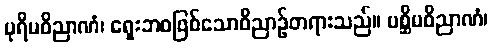
ပုရိမဝိညာဏံ၊ ရှေးဘဝဖြစ်သောဝိညာဉ်တရားသည်။ ပစ္ဆိမဝိညာဏံ၊